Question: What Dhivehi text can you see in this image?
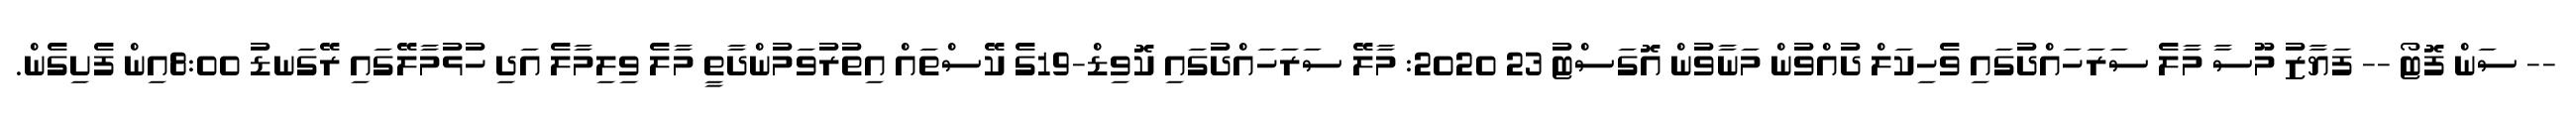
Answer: -- ސަން ފޮޓޯ -- ފަޔާޒު މޫސާ މާލެ ސަރަހައްދުގައި ވެހިކަލް ދުއްވުން މަނާވުން އޮގަސްޓު 23 2020: މާލޭ ސަރަހައްދުގައި ކޮވިޑް-19ގެ ކޭސްތައް އިތުރުވަމުންދާތީ މާލެ ވިލިމާލެ އަދި ހުޅުމާލޭގައި ރޭގަނޑު 8:00އިން ފެށިގެން.